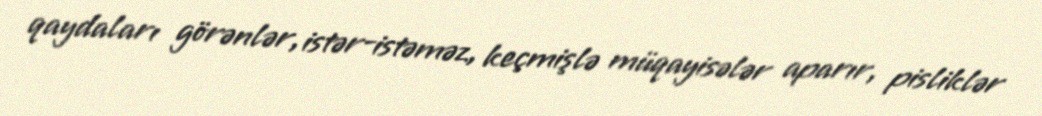
qaydaları görənlər, istər-istəməz, keçmişlə müqayisələr aparır, pisliklər